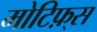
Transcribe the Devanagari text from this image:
मोटिफ़्स